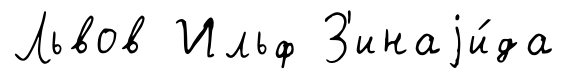
Львов Ильф З'инаjи́да